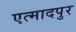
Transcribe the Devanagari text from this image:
एत्मादपुर